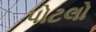
પોટલો